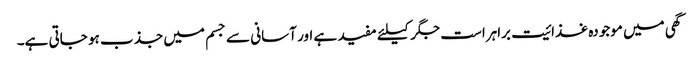
گھی میں موجودہ غذائیت براہراست جگر کیلئے مفید ہے اور آسانی سے جسم میں جذب ہو جاتی ہے۔